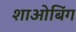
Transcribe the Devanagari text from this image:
शाओबिंग